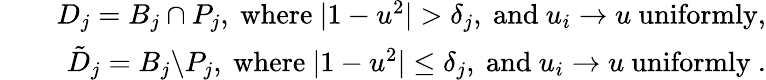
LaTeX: \begin{array}{rlr}&{}&{D_{j}=B_{j}\cap P_{j},\mathrm{~where~}|1-u^{2}|>\delta_{j},\mathrm{~and~}u_{i}\rightarrow u\mathrm{~uniformly},}\\ &{}&{\tilde{D}_{j}=B_{j}\backslash P_{j},\mathrm{~where~}|1-u^{2}|\leq\delta_{j},\mathrm{~and~}u_{i}\rightarrow u\mathrm{~uniformly~}.}\end{array}